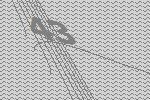
43